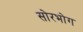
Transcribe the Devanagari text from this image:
सोरभोग